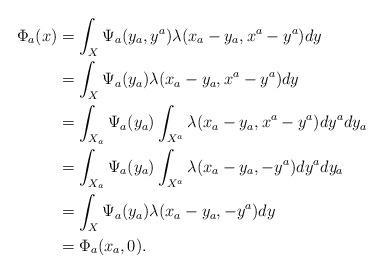
LaTeX: \begin{align*}\begin{aligned}\Phi_a(x)&=\int_{X}\Psi_a(y_a,y^a)\lambda(x_a-y_a,x^a-y^a)dy\\&=\int_{X}\Psi_a(y_a)\lambda(x_a-y_a,x^a-y^a)dy\\&=\int_{X_a}\Psi_a(y_a)\int_{X^a}\lambda(x_a-y_a,x^a-y^a)dy^ady_a\\&=\int_{X_a}\Psi_a(y_a)\int_{X^a}\lambda(x_a-y_a,-y^a)dy^ady_a\\&=\int_{X}\Psi_a(y_a)\lambda(x_a-y_a,-y^a)dy\\&=\Phi_a(x_a,0).\end{aligned}\end{align*}